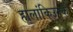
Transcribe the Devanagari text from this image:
हालांकिउनके